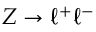
Z \to \ell ^ { + } \ell ^ { - }